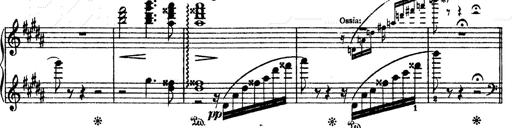
Title: O du mein holder Abendstern
Composer: Franz Liszt